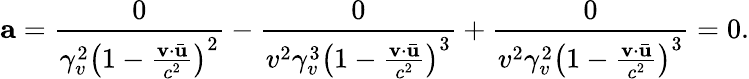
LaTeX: \mathbf{a}=\frac{0}{\gamma_{v}^{2}\left(1-\frac{\mathbf{v}\cdot\bar{\mathbf{u}}}{c^{2}}\right)^{2}}-\frac{0}{v^{2}\gamma_{v}^{3}\left(1-\frac{\mathbf{v}\cdot\bar{\mathbf{u}}}{c^{2}}\right)^{3}}+\frac{0}{v^{2}\gamma_{v}^{2}\left(1-\frac{\mathbf{v}\cdot\bar{\mathbf{u}}}{c^{2}}\right)^{3}}=0.